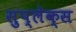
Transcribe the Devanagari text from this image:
सुप्लेक्स